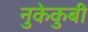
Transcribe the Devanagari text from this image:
नुकेकुबी